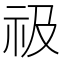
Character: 𥘜